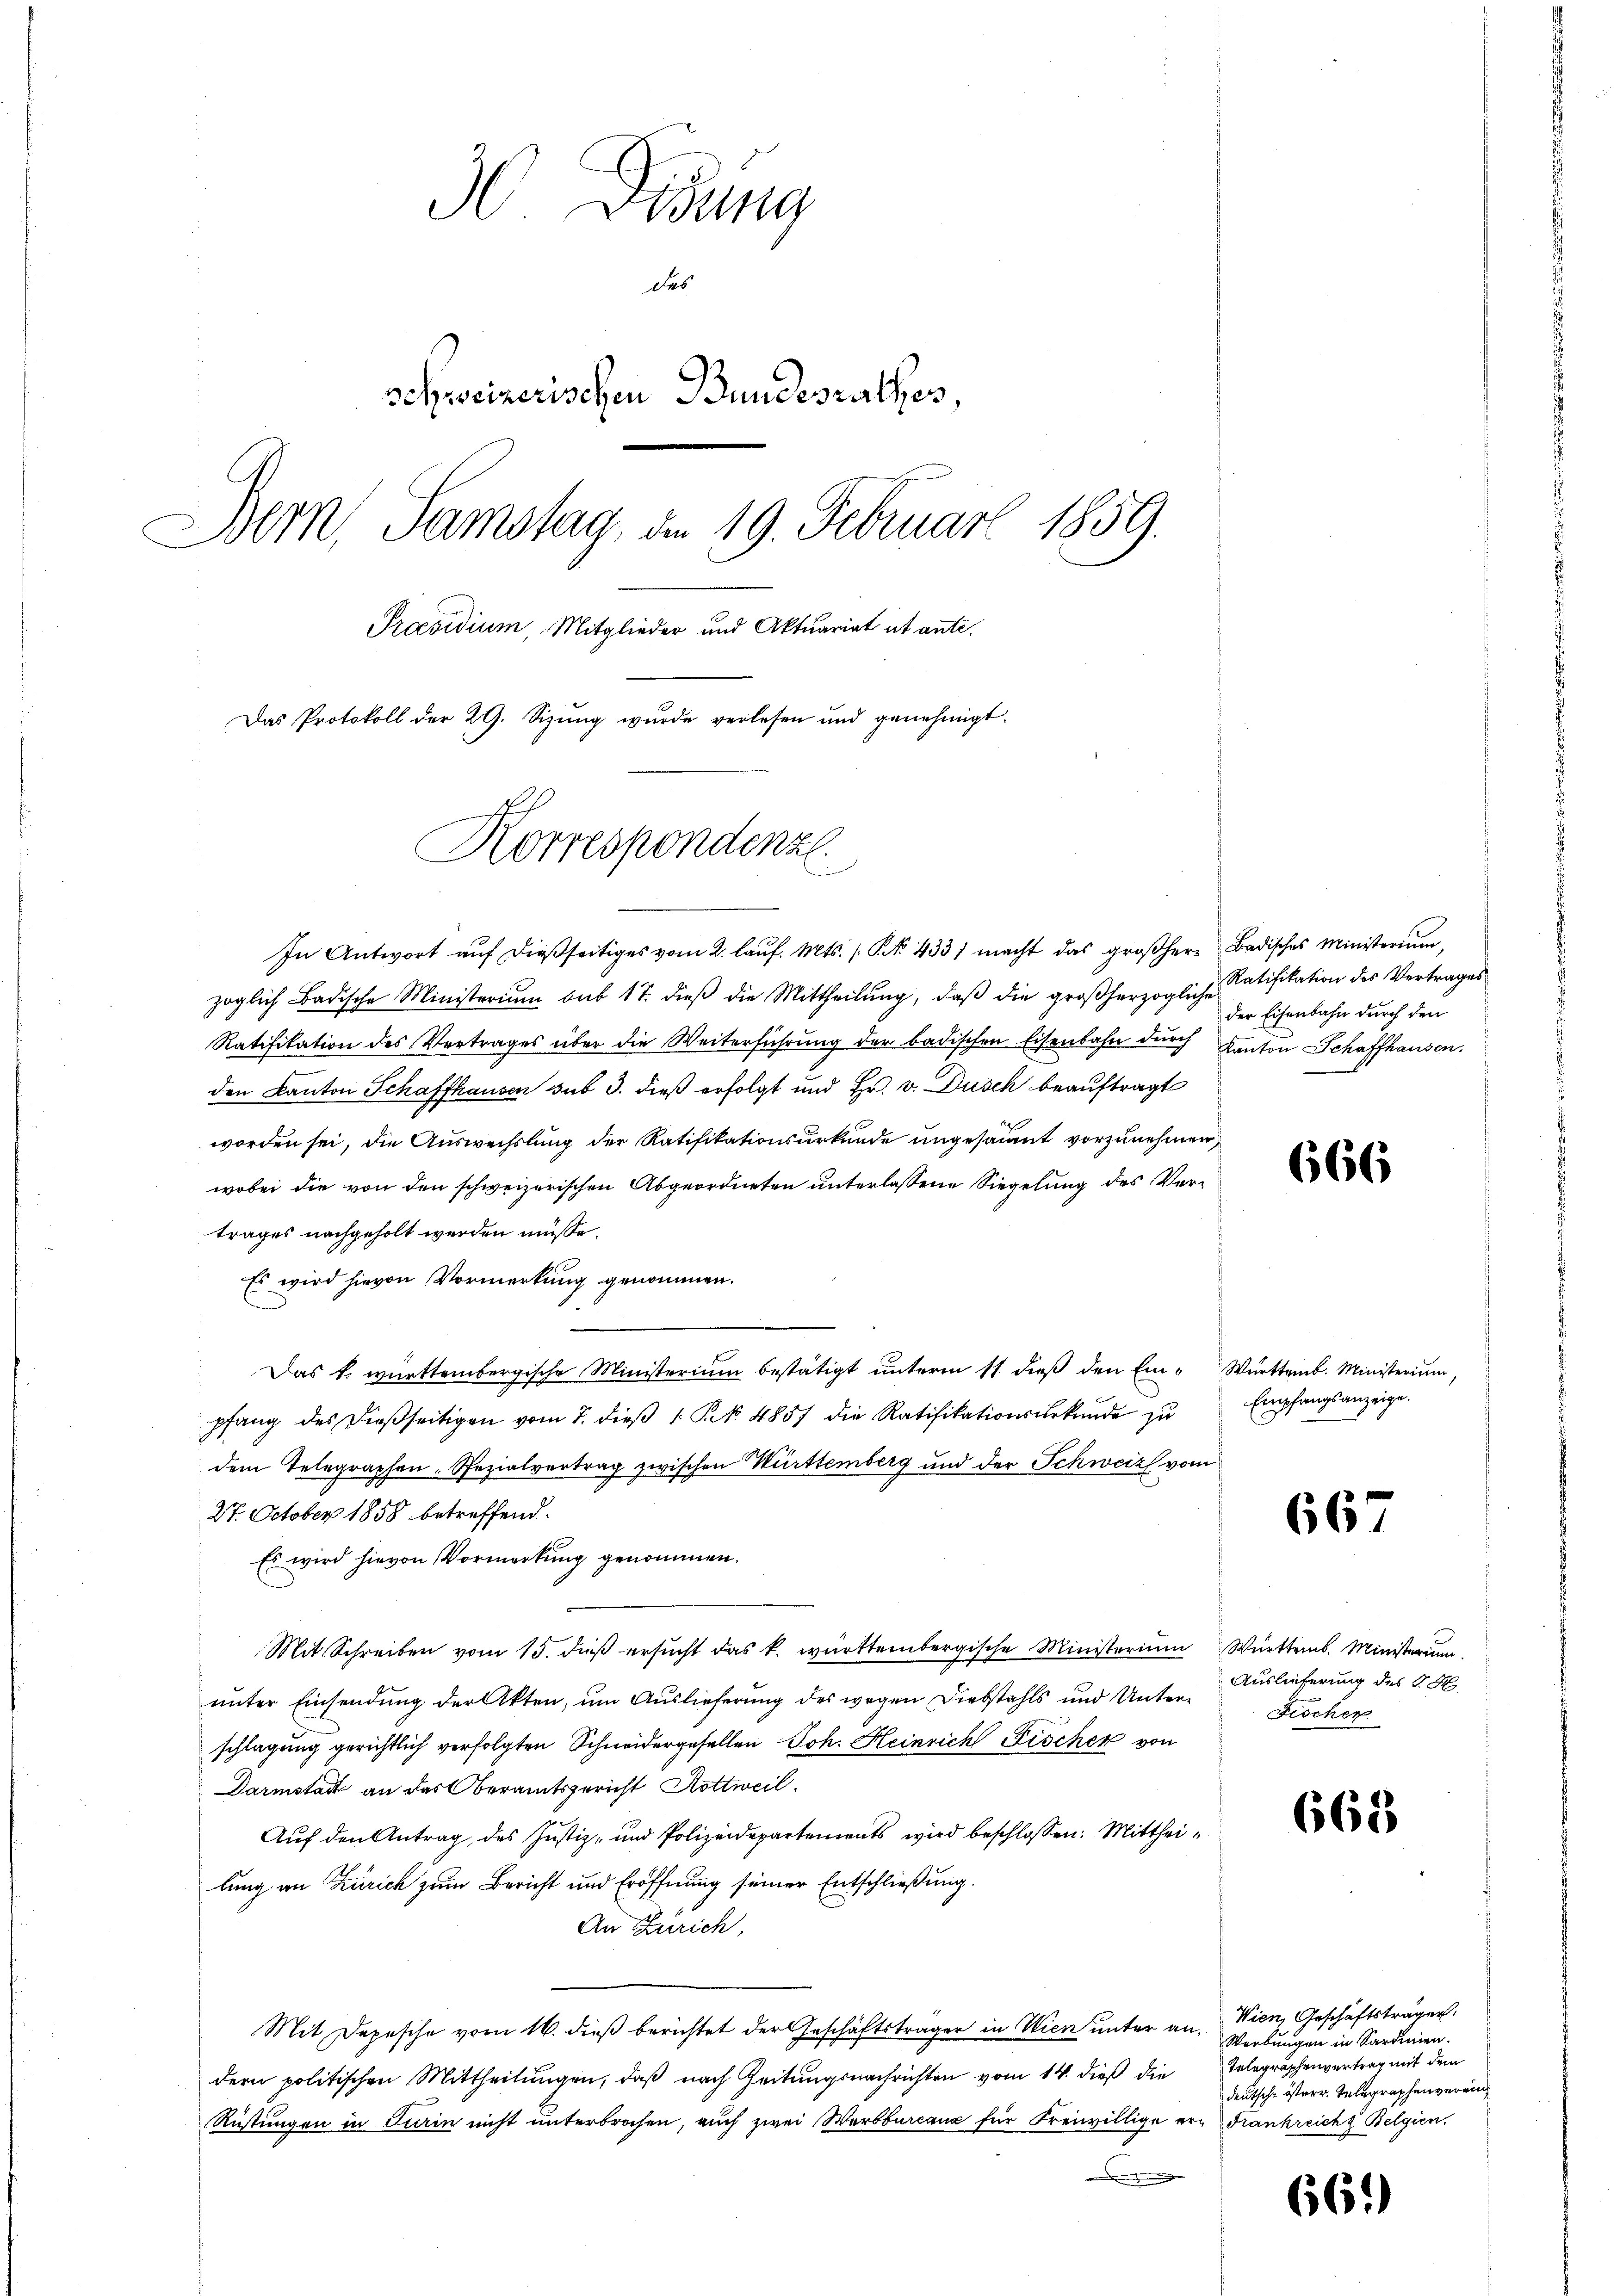
H Didung
des
schweizerischen Bundesrathes,
Bern, Samstag, am 19. Februar 1859.
Praesidium, Mitglieder und Aktuariat ut ante.
Das Protokoll der 29. Sizŭng wurde verlesen und genehmigt.
Korrespondenze

In Antwort aŭf dießseitiges vom 2. laŭf. Mts. (S. 4331 macht das großherr Badisches Ministerium,
zoglich Badische Ministerium sub 17. dieβ die Mittheilŭng, daβ die großherzogliche Ratifikation des Vertrages
Ratifikation des Vertrages über die Weiterführung der badischen Eisenbahn durch Kanton Schaffhausen.
den Kanton Schaffhausen sub 3. dieß erfolgt und Hr. v. Dusch beauftragt
worden sei, die Auswechslung der Ratifikationsurkunde ungesäumt vorzunehmen,
wobei die von den schweizerischen Abgeordneten unterlassene Siegelung des Vertrages nachgeholt werden müsse.
Es wird hievon Vormerkung genommen.
Das k. württembergische Ministerium bestätigt ŭnterm 11. dieβ den Ein - Württemb. Ministerium,
pfang des dieβseitigen vom 7. dieβ  P. Nr. 4857 die Ratifikationsurkunde zu
dem Telegraphen- Spezialvertrag zwischen Württemberg und der Schweiz vom
27. October 1858 betreffend.
Es wird hievon Vormerkung genommen.
Mit Schreiben vom 15. daβ ersŭcht das k. württembergische Ministerium Württemb. Ministerium
unter Einsendung der Akten, um Auslieferung des wegen Diebstahls und Unterschlagung gerichtlich verfolgten Schneidergesellen Joh. Heinrich Fischer von
Darmstadt an das Oberamtsgericht Hottweil.
Auf den Antrag, des Justiz- und Polizeidepartements wird beschlossen: Mittheilung an Zürich zum Bericht und Eröffnung seiner Entschließung.
An Zürich,
Mit Depesche vom 16. dieß berichtet der Geschäftsträger in Wien unter an. Wien, Geschäftsträger
dern politischen Mittheilŭngen, daβ nach Zeitungsnachrichten vom 14. dieß die Telegraphenvertrag mit dem
Rüstungen in Turin nicht unterbrochen, auch zwei Werbbureaux für Freiwillige er Frankreich Belgien,
a

der Eisenbahn durch den

666

Empfangsanzeige.

66

Auslieferung des 9. M
Fischer

668

Werbungen in Sardinien.
deutsch-österr. Telegraphenverein¬

661